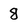
Character: 8